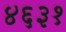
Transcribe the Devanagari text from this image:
४६३१